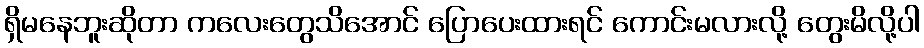
ရှိမနေဘူးဆိုတာ ကလေးတွေသိအောင် ပြောပေးထားရင် ကောင်းမလားလို့ တွေးမိလို့ပါ